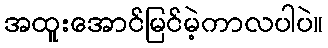
အထူးအောင်မြင်မဲ့ကာလပါပဲ။